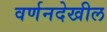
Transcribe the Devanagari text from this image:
वर्णनदेखील